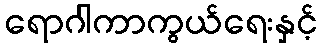
ရောဂါကာကွယ်ရေးနှင့်